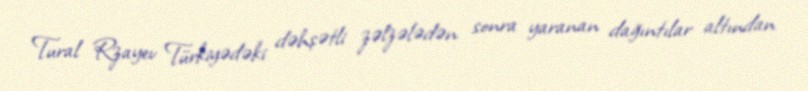
Tural Rzayev Türkiyədəki dəhşətli zəlzələdən sonra yaranan dağıntılar altından